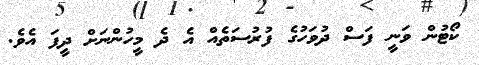
ކޯޓުން ވަނީ ފަސް ދުވަހުގެ ފުރުސަތެއް އެ ދެ މީހުންނަށް ދީފަ އެވެ.